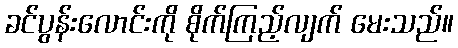
ခင်ပွန်းလောင်းကို စိုက်ကြည့်လျက် မေးသည်။